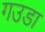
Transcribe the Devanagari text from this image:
गउडा